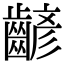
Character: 齴